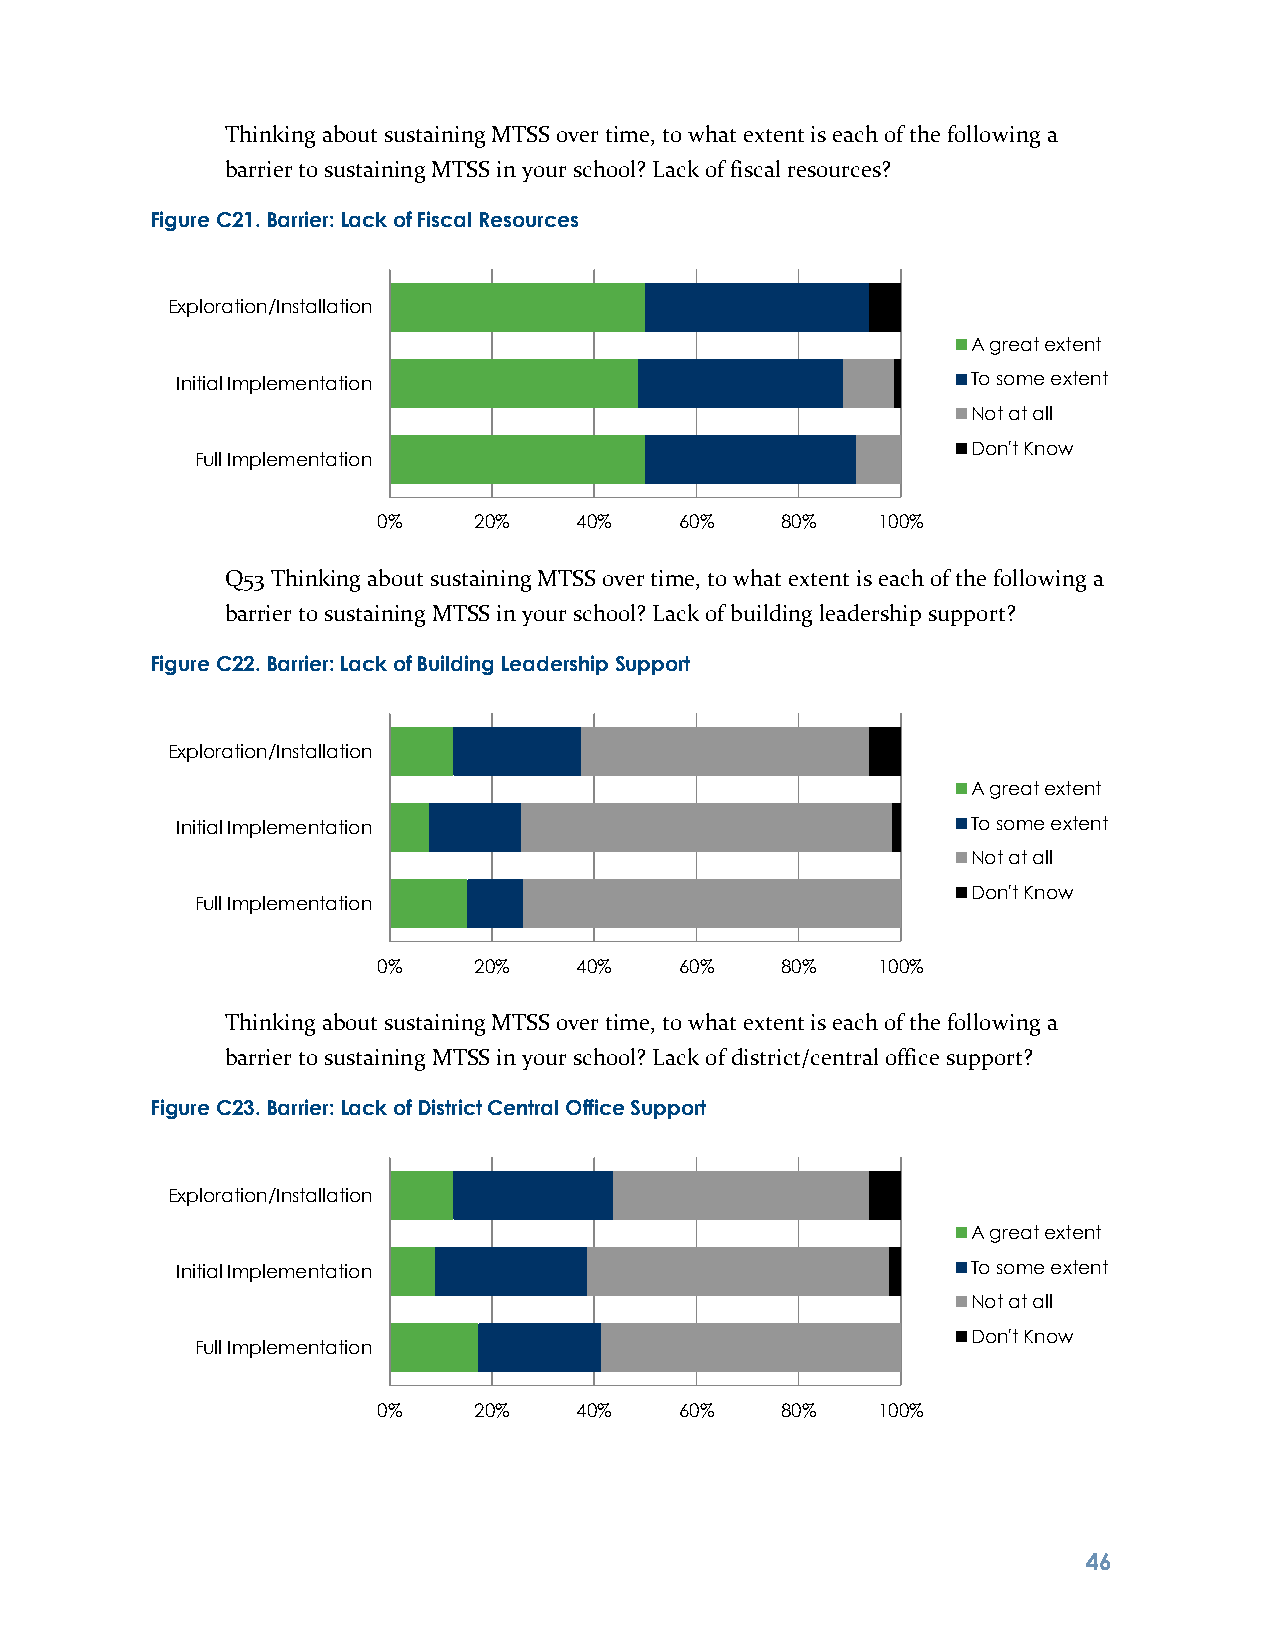
Thinking about sustaining MTSS over time, to what extent is each of the following a
 barrier to sustaining MTSS in your school? Lack of fiscal resources?
 Figure C21. Barrier: Lack of Fiscal Resources
 Exploration/Installation
 A great extent
 Initial Implementation                              To some extent
 Not at all
 Don't Know
 Full Implementation
 0%    20%    40%    60%    80%   100%
 Q53 Thinking about sustaining MTSS over time, to what extent is each of the following a
 barrier to sustaining MTSS in your school? Lack of building leadership support?
 Figure C22. Barrier: Lack of Building Leadership Support
 Exploration/Installation
 A great extent
 Initial Implementation                              To some extent
 Not at all
 Don't Know
 Full Implementation
 0%    20%    40%    60%    80%   100%
 Thinking about sustaining MTSS over time, to what extent is each of the following a
 barrier to sustaining MTSS in your school? Lack of district/central office support?
 Figure C23. Barrier: Lack of District Central Office Support
 Exploration/Installation
 A great extent
 Initial Implementation                              To some extent
 Not at all
 Don't Know
 Full Implementation
 0%    20%    40%    60%    80%   100%
 4 6